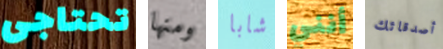
تحتاجى ومنها شابا أنني أصدقائك